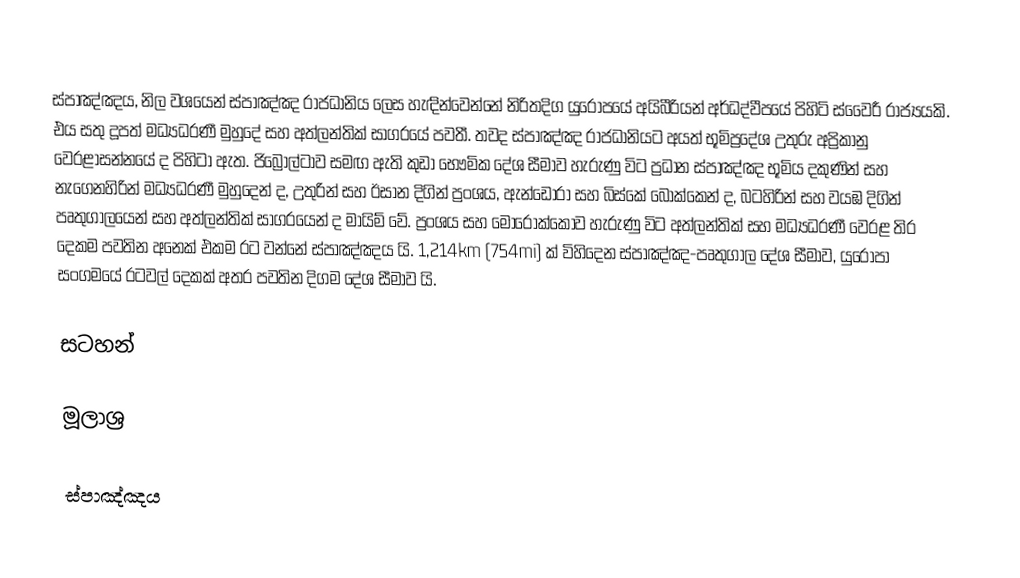
ස්පාඤ්ඤය, නිල වශයෙන් ස්පාඤ්ඤ රාජධානිය ලෙස හැඳින්වෙන්නේ නිරිතදිග යුරෝපයේ අයිබීරියන් අර්ධද්වීපයේ පිහිටි ස්වෛරී රාජ්‍යයකි. එය සතු දූපත් මධ්‍යධරණී මුහුදේ සහ අත්ලන්තික් සාගරයේ පවතී. තවද ස්පාඤ්ඤ රාජධානියට අයත් භූමිප්‍රදේශ උතුරු අප්‍රිකානු වෙරළාසන්නයේ ද පිහිටා ඇත. ජිබ්‍රෝල්ටාව සමඟ ඇති කුඩා භෞමික දේශ සීමාව හැරුණු විට ප්‍රධාන ස්පාඤ්ඤ භූමිය දකුණින් සහ නැගෙනහිරින් මධ්‍යධරණී මුහුදෙන් ද, උතුරින් සහ ඊසාන දිගින් ප්‍රංශය, ඇන්ඩෝරා සහ බිස්කේ බොක්කෙන් ද, බටහිරින් සහ වයඹ දිගින් පෘතුගාලයෙන් සහ අත්ලන්තික් සාගරයෙන් ද මායිම් වේ. ප්‍රංශය සහ මොරොක්කෝව හැරුණු විට අත්ලන්තික් සහ මධ්‍යධරණී වෙරළ තිර දෙකම පවතින අනෙක් එකම රට වන්නේ ස්පාඤ්ඤය යි. 1,214km (754mi) ක් විහිදෙන ස්පාඤ්ඤ-පෘතුගාල දේශ සීමාව, යුරෝපා සංගමයේ රටවල් දෙකක් අතර පවතින දිගම දේශ සීමාව යි.

සටහන්

මූලාශ්‍ර

ස්පාඤ්ඤය